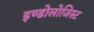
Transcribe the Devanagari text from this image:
इण्डोलोजिस्ट